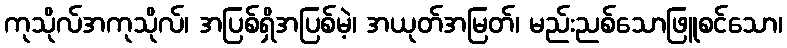
ကုသိုလ်အကုသိုလ်၊ အပြစ်ရှိအပြစ်မဲ့၊ အယုတ်အမြတ်၊ မည်းညစ်သောဖြူစင်သော၊